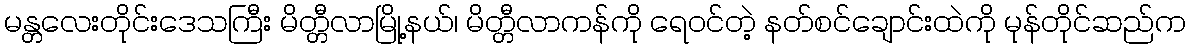
မန္တလေးတိုင်းဒေသကြီး မိတ္တီလာမြို့နယ်၊ မိတ္တီလာကန်ကို ရေဝင်တဲ့ နတ်စင်ချောင်းထဲကို မုန်တိုင်ဆည်က